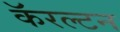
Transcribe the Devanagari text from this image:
कॅरल्टन